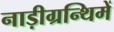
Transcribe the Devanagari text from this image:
नाड़ीग्रन्थिमें